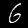
Label: 6